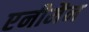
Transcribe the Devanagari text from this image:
एनीमैन